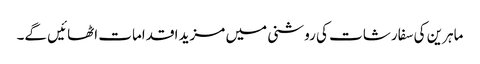
ماہرین کی سفارشات کی روشنی میں مزید اقدامات اٹھائیں گے۔